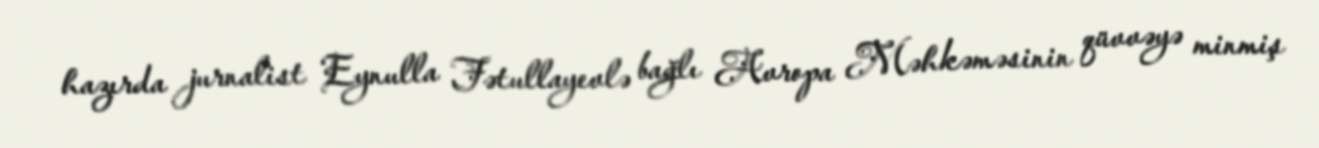
hazırda jurnalist Eynulla Fətullayevlə bağlı Avropa Məhkəməsinin qüvvəyə minmiş